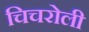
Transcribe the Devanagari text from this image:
चिचरोली